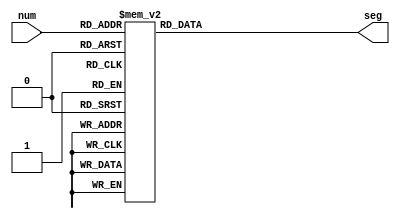
module seg_impl(
	input [3:0] num,
	output reg [6:0] seg
);

	always@(*) begin
		case(num)
			4'h0: seg = 7'b0000001;
			4'h1: seg = 7'b1001111;
			4'h2: seg = 7'b0010010;
			4'h3: seg = 7'b0000110;
			4'h4: seg = 7'b1001100;
			4'h5: seg = 7'b0100100;
			4'h6: seg = 7'b0100000;
			4'h7: seg = 7'b0001101;
			4'h8: seg = 7'b0000000;
			4'h9: seg = 7'b0000100;
			4'ha: seg = 7'b0001000;
			4'hb: seg = 7'b1100000;
			4'hc: seg = 7'b0110001;
			4'hd: seg = 7'b1000010;
			4'he: seg = 7'b0110000;
			4'hf: seg = 7'b0111000;
		endcase
	end

endmodule